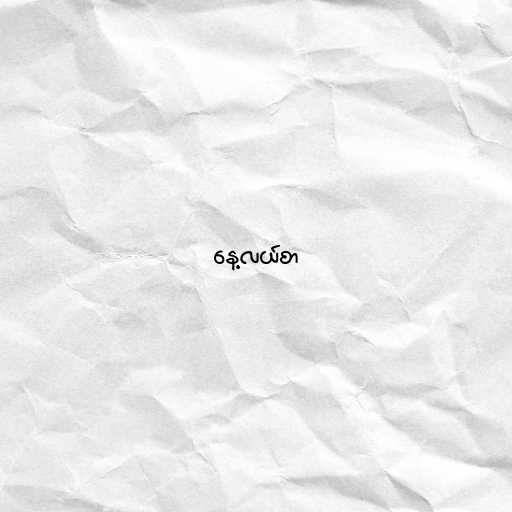
နေ့လယ်စာ